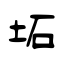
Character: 坧